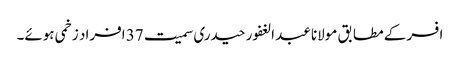
افسر کے مطابق مولانا عبد الغفور حیدری سمیت 37 افراد زخمی ہوئے۔